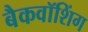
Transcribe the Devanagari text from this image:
बैकवॉशिंग